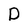
Character: D